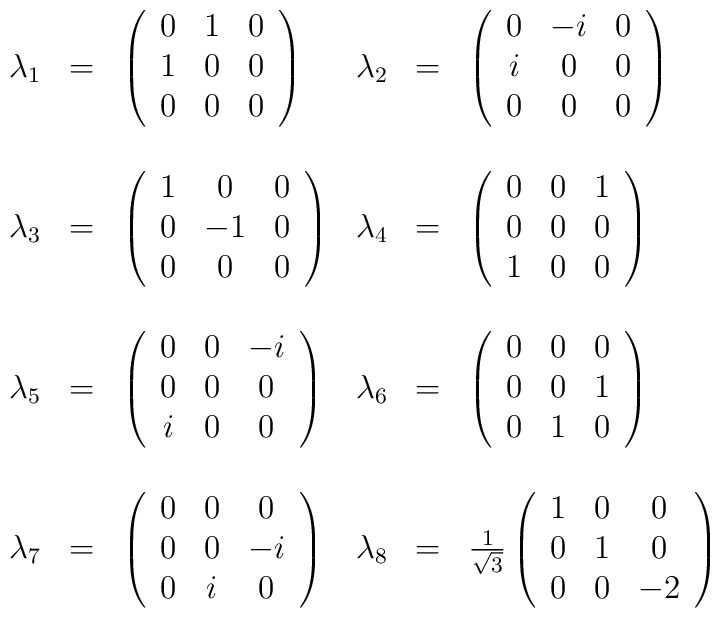
\begin{array}{rclrcl}\lambda_1 & = &\left(\begin{array}{ccc}0 & 1 & 0\\1 & 0 & 0\\0 & 0 & 0\end{array}\right)& \lambda_2 & = &\left(\begin{array}{ccc}0 &  - i & 0\\ i & 0 & 0\\0 & 0 & 0\end{array}\right)\\& & & & &\\\lambda_3 & = &\left(\begin{array}{ccc}1 & 0 & 0\\0 & -1 & 0\\0 & 0 & 0\end{array}\right)& \lambda_4 & = &\left(\begin{array}{ccc}0 &  0 & 1\\  0 & 0 & 0\\1 & 0 & 0\end{array}\right)\\& & & & &\\\lambda_5 & = &\left(\begin{array}{ccc}0 & 0 &  - i\\0 & 0 & 0\\i & 0 & 0\end{array}\right)& \lambda_6 & = &\left(\begin{array}{ccc}0 &  0 & 0\\ 0 & 0 & 1\\0 &  1 & 0\end{array}\right)\\& & & & &\\\lambda_7 & = &\left(\begin{array}{ccc}0 & 0 & 0\\0 & 0 & - i\\0 & i& 0\end{array}\right)& \lambda_8 & = &\frac{1}{\sqrt{3}} \left(\begin{array}{ccc}1 &   0 & 0\\  0 & 1 & 0\\0 & 0 &  -2\end{array}\right)\end{array}